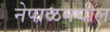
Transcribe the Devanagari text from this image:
नेपाळमघील